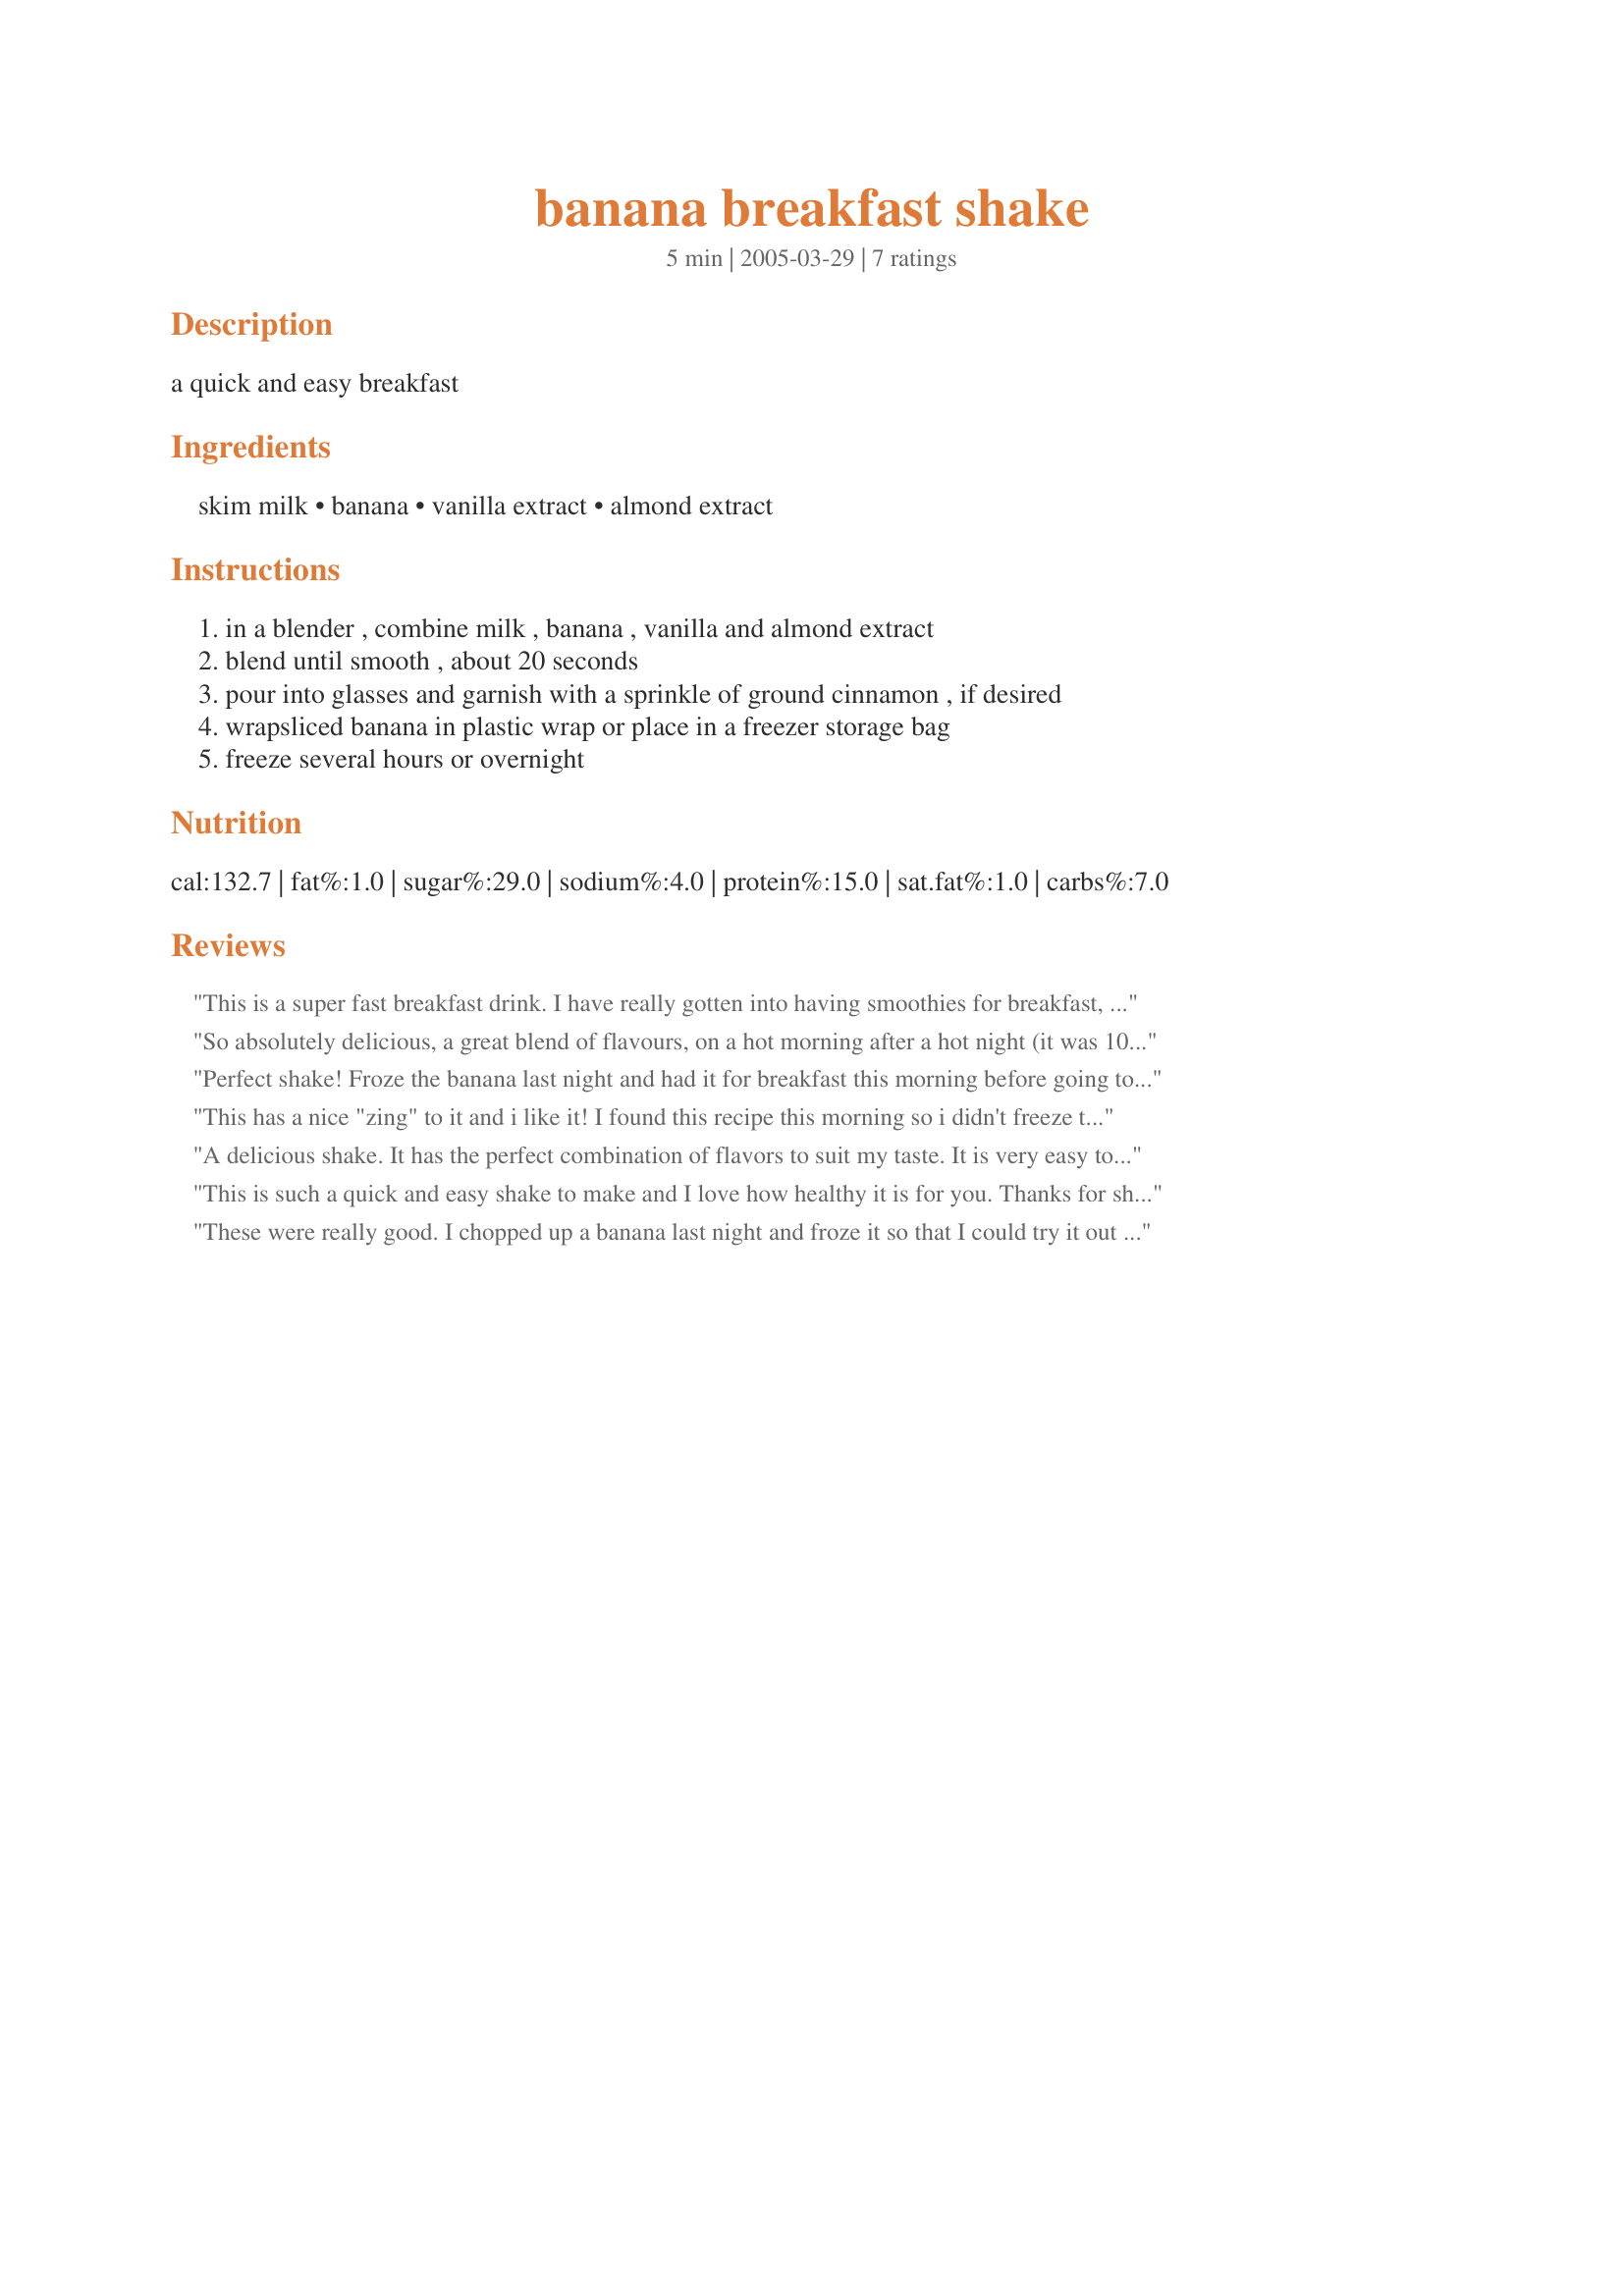
banana breakfast shake
Preparation time: 5 minutes

a quick and easy breakfast

Ingredients:
skim milk, banana, vanilla extract, almond extract

Steps:
in a blender , combine milk , banana , vanilla and almond extract, blend until smooth , about 20 seconds, pour into glasses and garnish with a sprinkle of ground cinnamon , if desired, wrapsliced banana in plastic wrap or place in a freezer storage bag, freeze several hours or overnight

Reviews:
This is a super fast breakfast drink. I have really gotten into having smoothies for breakfast, or yogurt. This was an easy way to get something in when I had alot to do, and it was very delicious. The almond extract added an uhmph to it. Thanks for sharing. Will be making this again!
So absolutely delicious, a great blend of flavours, on a hot morning after a hot night (it was 106°F here yesterday), and so easy to make. And SO low in fat (0.7g)!!! Another make-often shake to be added to my smoothies and shakes cookbook! Thanks for sharing!
Perfect shake! Froze the banana last night and had it for breakfast this morning before going to the gym. Very filling and quite tasty! Thanks MG!
This has a nice "zing" to it and i like it! I found this recipe this morning so i didn't freeze the banana and it still tasted great!
Thanks very much for the recipe!
A delicious shake. It has the perfect combination of flavors to suit my taste. It is very easy to make, too! Thanks, mysterygirl.
This is such a quick and easy shake to make and I love how healthy it is for you. Thanks for sharing.!~
Made for I Recommend.
These were really good. I chopped up a banana last night and froze it so that I could try it out this morning. My two DS's loved them as did I. Cup up and froze two more bananas for this this morning. I'll post the picture I took later.
